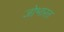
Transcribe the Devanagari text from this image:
जोभारत